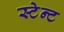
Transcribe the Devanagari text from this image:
स्टेन्ट